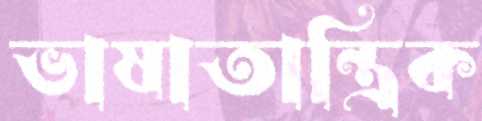
ভাষাতান্ত্রিক